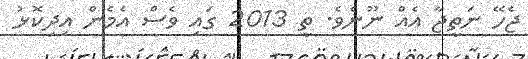
ޖެހޭ ނަތީޖާ އެއް ނޫނެވެ. ތީ 2013 ގައި ވެސް އެމެން އިދިކޮޅު